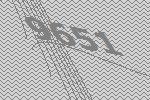
9651